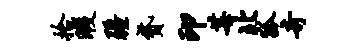
拾暇疆贷印莓北狐奇